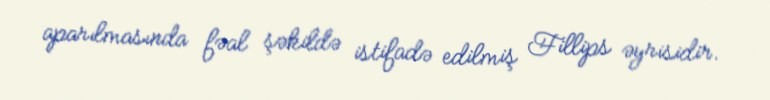
aparılmasında fəal şəkildə istifadə edilmiş Fillips əyrisidir.